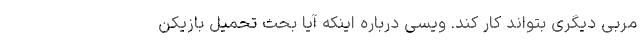
مربی دیگری بتواند کار کند. ویسی درباره اینکه آیا بحث تحمیل بازیکن